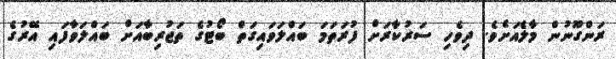
ރަންގޫނުން މާލެއަށެވެ. ދިވެހި ސަރުކާރަށް ފުރަތަމަ ބައްލަވައިގަތް ބޯޓުގެ ތަޖުރިބާއަށް ބައްލަވާފައި އޭރުގެ